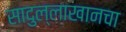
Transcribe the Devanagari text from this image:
सादुल्लाखानचा